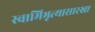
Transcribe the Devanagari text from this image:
स्वामिभृत्यासारखा